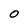
Character: O